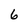
Character: 6